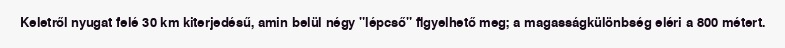
Keletről nyugat felé 30 km kiterjedésű, amin belül négy "lépcső" figyelhető meg; a magasságkülönbség eléri a 800 métert.